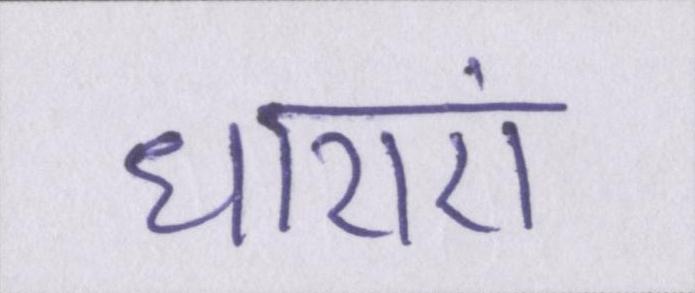
धाराएं